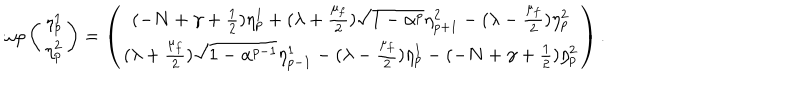
LaTeX: \omega \rho \left( \begin{matrix} { { \eta _ { p } ^ { 1 } } } \\ { { \eta _ { p } ^ { 2 } } } \\ \end{matrix} \right) = \left( \begin{matrix} { { ( - N + \gamma + \frac { 1 } { 2 } ) \eta _ { p } ^ { 1 } + ( \lambda + \frac { \mu _ { f } } { 2 } ) \sqrt { 1 - \alpha ^ { p } } \eta _ { p + 1 } ^ { 2 } - ( \lambda - \frac { \mu _ { f } } { 2 } ) \eta _ { p } ^ { 2 } } } \\ { { ( \lambda + \frac { \mu _ { f } } { 2 } ) \sqrt { 1 - \alpha ^ { p - 1 } } \eta _ { p - 1 } ^ { 1 } - ( \lambda - \frac { \mu _ { f } } { 2 } ) \eta _ { p } ^ { 1 } - ( - N + \gamma + \frac { 1 } { 2 } ) \eta _ { p } ^ { 2 } } } \\ \end{matrix} \right) .